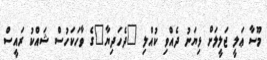
މޫސާ ޢަލީ ޖަލީލަށް ޅިޔަނު ދެއްވި ކުއްލި "ދެހަދިޔާ"ގެ ވާހަކަހުސް ޝައްކު ރައީސް